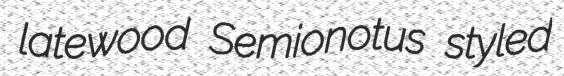
latewood Semionotus styled